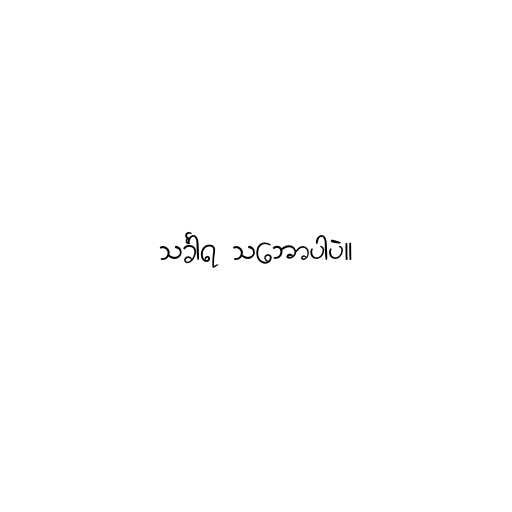
သင်္ခါရ သ‌ဘောပါပဲ။